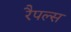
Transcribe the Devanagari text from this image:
रैपल्स